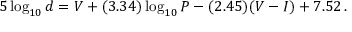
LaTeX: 5 \log _ { 1 0 } { d } = V + ( 3 . 3 4 ) \log _ { 1 0 } { P } - ( 2 . 4 5 ) ( V - I ) + 7 . 5 2 \, .